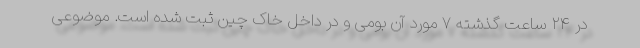
در ۲۴ ساعت گذشته ۷ مورد آن بومی و در داخل خاک چین ثبت شده است. موضوعی